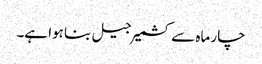
چار ماہ سے کشمیر جیل بنا ہوا ہے۔